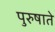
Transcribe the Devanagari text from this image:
पुरुषाते